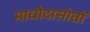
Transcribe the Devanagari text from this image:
माधोदासोतों